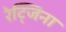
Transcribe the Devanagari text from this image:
रेट्जिना